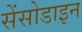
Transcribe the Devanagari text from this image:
सेंसोडाइन